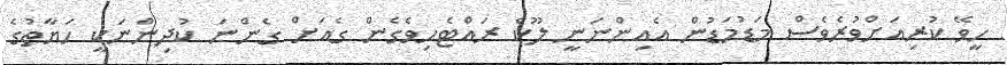
ހީވޭ ކުރިއަށްވުރެވެސް މަޑުމަޑުން އެއިންނަނީ ލޫކް ރައްޓެހިވެގެން ގެއަށް ގެންނަ ކުދިންނަކީ ހަޔާތުގެ